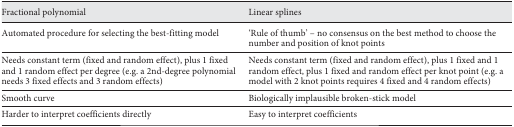
| Fractional polynomial | Linear splines |
 | --- | --- |
 | Automated procedure for selecting the best-fitting model | ‘Rule of thumb’ – no consensus on the best method to choose the number and position of knot points |
 | Needs constant term (fixed and random effect), plus 1 fixed and 1 random effect per degree (e.g. a 2nd-degree polynomial needs 3 fixed effects and 3 random effects) | Needs constant term (fixed and random effect), plus 1 fixed and 1 random effect, plus 1 fixed and random effect per knot point (e.g. a model with 2 knot points requires 4 fixed and 4 random effects) |
 | Smooth curve | Biologically implausible broken-stick model |
 | Harder to interpret coefficients directly | Easy to interpret coefficients |